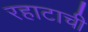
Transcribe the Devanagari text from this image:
रहाटाची